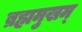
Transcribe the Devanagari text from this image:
ब्रह्ममुखम्